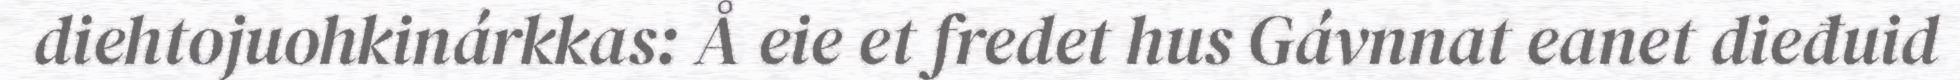
diehtojuohkinárkkas: Å eie et fredet hus Gávnnat eanet dieđuid